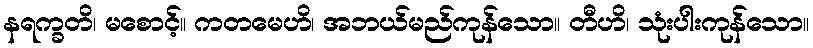
နရက္ခတိ၊ မစောင့်။ ကတမေဟိ၊ အဘယ်မည်ကုန်သော။ တီဟိ၊ သုံးပါးကုန်သော။